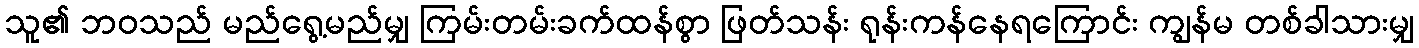
သူ၏ ဘဝသည် မည်ရွေ့မည်မျှ ကြမ်းတမ်းခက်ထန်စွာ ဖြတ်သန်း ရုန်းကန်နေရကြောင်း ကျွန်မ တစ်ခါသားမျှ